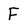
Character: F